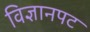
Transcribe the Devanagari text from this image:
विज्ञानपट